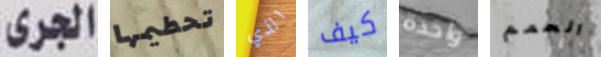
الجرى تحطيمها الذي كيف واحدة الحمم